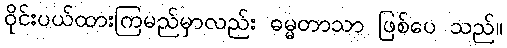
ဝိုင်းပယ်ထားကြမည်မှာလည်း ဓမ္မတာသာ ဖြစ်ပေ သည်။